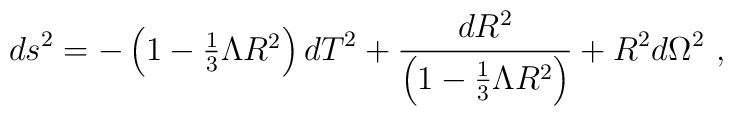
ds^{2} = -\left(1-\textstyle{\frac{1}{3}}    \Lambda R^{2}\right)dT^{2} +    \frac{dR^{2}}{\left(1-\frac{1}{3}\Lambda R^{2}\right)} +    R^{2}d\Omega^{2} ~,